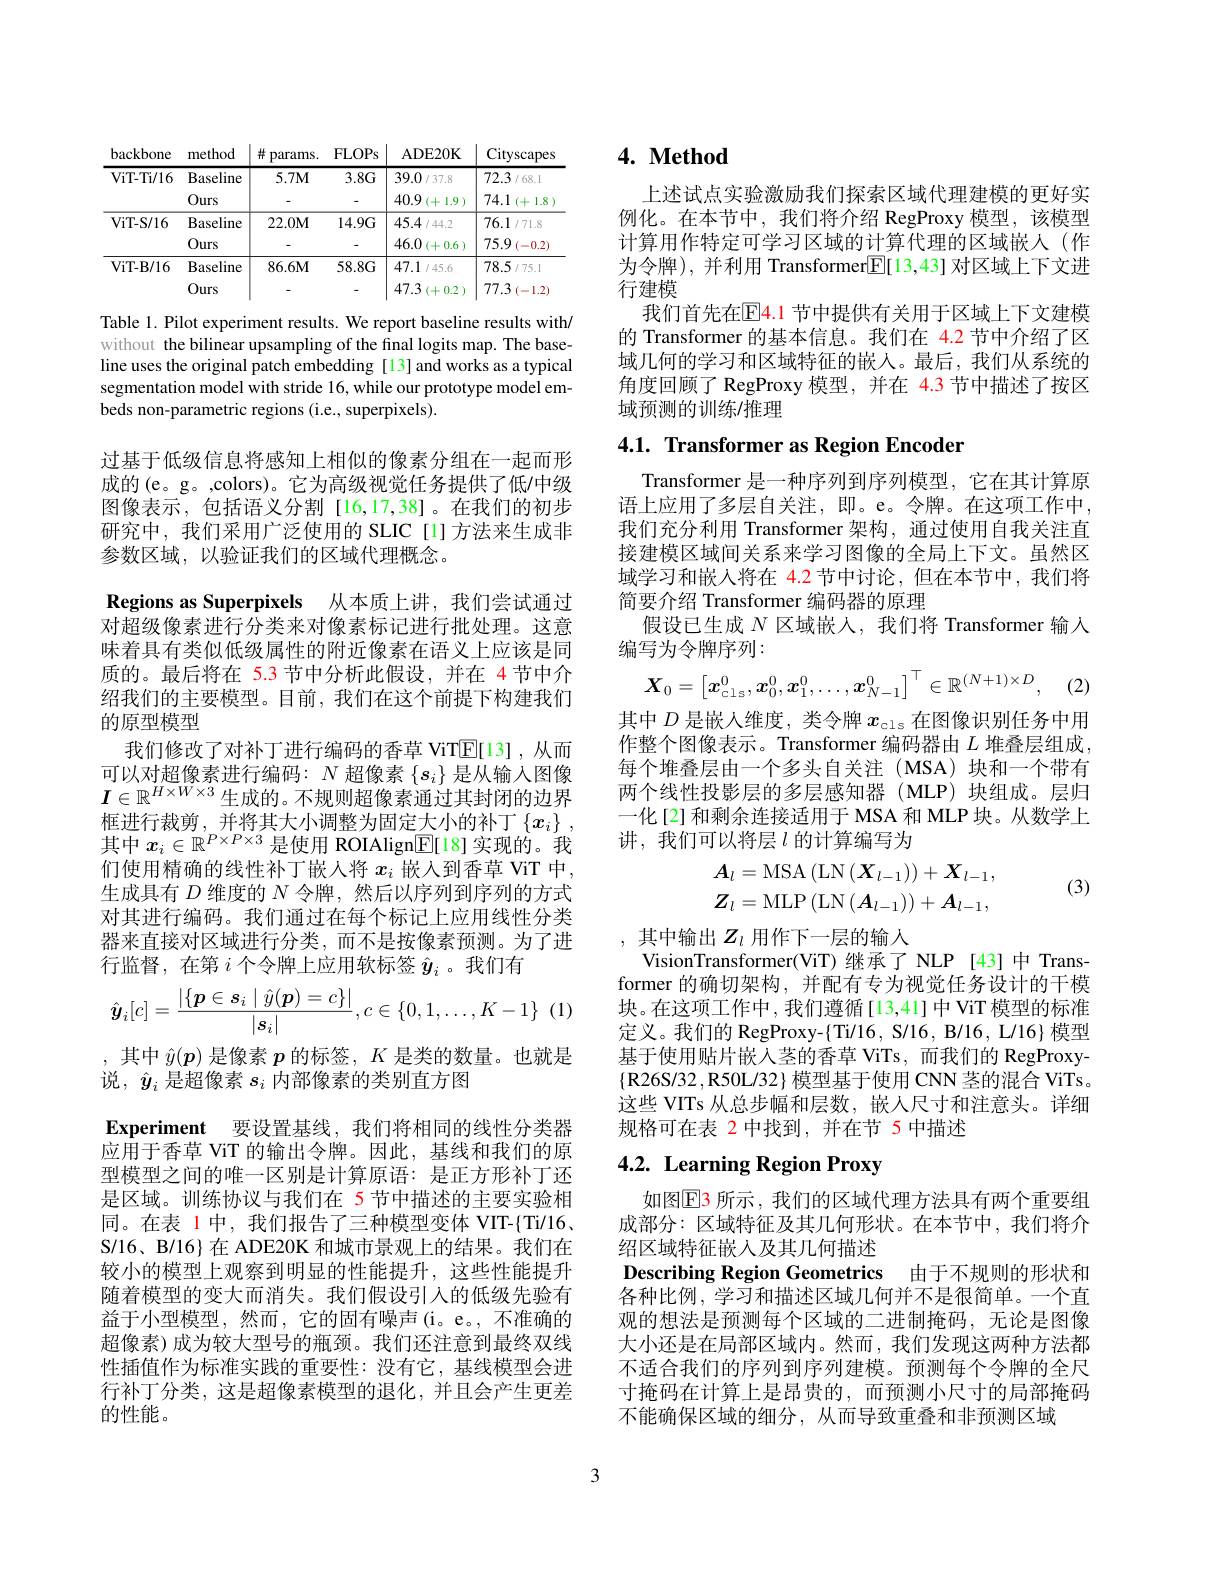
<table>
	<tbody>
		<tr>
			<th>backbone</th>
			<th>method</th>
			<th>井 params.</th>
			<th>FLOPs</th>
			<th>ADE20K</th>
			<th>Cityscapes</th>
		</tr>
		<tr>
			<td rowspan="2">ViT- Ti/ 16</td>
			<td>Baseline</td>
			<td>$5.7M$</td>
			<td>$3.8G$</td>
			<td>39.0/37.8</td>
			<td>72.3/68.1</td>
		</tr>
		<tr>
			<td>Ours</td>
			<td> </td>
			<td> </td>
			<td>40.9 (+1.9) </td>
			<td>74.1 1(+1) 1.8 , </td>
		</tr>
		<tr>
			<td rowspan="2">ViT- S/ 16</td>
			<td>Baseline</td>
			<td>22.0M</td>
			<td>$14.9G$</td>
			<td>45.4/44.2</td>
			<td>76.1/71.8</td>
		</tr>
		<tr>
			<td>Ours</td>
			<td> </td>
			<td> </td>
			<td>46.0 ${\mathbf{1}}(+0.6)$ 1</td>
			<td>75.9 (-0.2)</td>
		</tr>
		<tr>
			<td rowspan="2">ViT- B/ 16</td>
			<td>Baseline</td>
			<td>$86.6M$</td>
			<td>$58.8G$</td>
			<td>47.1/45.6</td>
			<td>78.5/75.1</td>
		</tr>
		<tr>
			<td>Ours</td>
			<td> </td>
			<td> </td>
			<td>47.3 (+0.2</td>
			<td>77.3 (-1.2)</td>
		</tr>
	</tbody>
</table>

Table 1. Pilot experiment results. We report baseline results with/ without the bilinear upsampling of the final logits map. The baseline uses the original patch embedding [13] and works as a typical segmentation model with stride 16, while our prototype model embeds non-parametric regions (i.e., superpixels).

过基于低级信息将感知上相似的像素分组在一起而形成的(e。g。,colors)。它为高级视觉任务提供了低/中级图像表示，包括语义分割[16,17,38]。在我们的初步研究中，我们采用广泛使用的 SLIC[1]方法来生成非参数区域，以验证我们的区域代理概念。
Regions as Superpixels 从本质上讲，我们尝试通过对超级像素进行分类来对像素标记进行批处理。这意味着具有类似低级属性的附近像素在语义上应该是同质的。最后将在 5.3 节中分析此假设，并在 4 节中介绍我们的主要模型。目前，我们在这个前提下构建我们的原型模型
我们修改了对补丁进行编码的香草 ViT$\mathbb{E}[13]$,从而可以对超像素进行编码：$N$超像素$\{s_i\}$是从输入图像$\boldsymbol{I}\in\mathbb{R}^{H\times W\times3}$生成的。不规则超像素通过其封闭的边界框进行裁剪，并将其大小调整为固定大小的补丁$\left\{x_i\right\}$, 其中$x_i\in\mathbb{R}^{P\times P\times3}$是使用 ROIAlign$\underline{\mathbb{E}}[$18] 实现的。我们使用精确的线性补丁嵌人将$x_i$嵌入到香草 ViT 中， 生成具有$D$维度的$N$令牌，然后以序列到序列的方式对其进行编码。我们通过在每个标记上应用线性分类器来直接对区域进行分类，而不是按像素预测。为了进行监督，在第$i$个令牌上应用软标签$\hat{y}_i$ 。我们有
$$\hat{\boldsymbol{y}}_i[c]=\frac{|\{\boldsymbol{p}\in\boldsymbol{s}_i\mid\hat{y}(\boldsymbol{p})=c\}|}{|\boldsymbol{s}_i|},c\in\{0,1,\dots,K-1\}$$
,其中$\hat{y}(\boldsymbol{p})$是像素$p$的标签$,K$是类的数量。也就是
说，$\hat{y}_i$是超像素$s_i$内部像素的类别直方图
$\mathbf{Experiment}$ 要设置基线，我们将相同的线性分类器应用于香草 ViT 的输出令牌。因此，基线和我们的原型模型之间的唯一区别是计算原语：是正方形补丁还是区域。训练协议与我们在 5 节中描述的主要实验相同。在表 1 中，我们报告了三种模型变体 VIT-{Ti/16、 S/16、B/16} 在 ADE20K 和城市景观上的结果。我们在较小的模型上观察到明显的性能提升，这些性能提升随着模型的变大而消失。我们假设引入的低级先验有益于小型模型，然而，它的固有噪声(i。e。,不准确的超像素)成为较大型号的瓶颈。我们还注意到最终双线性插值作为标准实践的重要性：没有它，基线模型会进行补丁分类，这是超像素模型的退化，并且会产生更差的性能。

# $4. \textbf{ Method}$

上述试点实验激励我们探索区域代理建模的更好实例化。在本节中，我们将介绍 RegProxy 模型，该模型计算用作特定可学习区域的计算代理的区域嵌人(作为令牌), 并利用 Transformer$\underline{\mathrm{E}}[13,43]$对区域上下文进行建模
我们首先在$\overline{\mathrm{E}}\color{red}{4.1}$ 节中提供有关用于区域上下文建模的 Transformer 的基本信息。我们在 4.2 节中介绍了区域几何的学习和区域特征的嵌人。最后，我们从系统的角度回顾了 RegProxy 模型，并在 4.3 节中描述了按区域预测的训练/推理

4.1. Transformer as Region Encoder

Transformer 是一种序列到序列模型，它在其计算原语上应用了多层自关注，即。e。令牌。在这项工作中， 我们充分利用 Transformer 架构，通过使用自我关注直接建模区域间关系来学习图像的全局上下文。虽然区域学习和嵌入将在 4.2 节中讨论，但在本节中，我们将简要介绍 Transformer 编码器的原理
假设已生成$N$区域嵌人，我们将 Transformer 输入
编写为令牌序列：
$$\boldsymbol{X}_0=\begin{bmatrix}\boldsymbol{x}_{\mathrm{cls}}^0,\boldsymbol{x}_0^0,\boldsymbol{x}_1^0,\ldots,\boldsymbol{x}_{N-1}^0\end{bmatrix}^\top\in\mathbb{R}^{(N+1)\times D},$$
其中$D$是嵌人维度，类令牌$x_\mathrm{cls}$在图像识别任务中用作整个图像表示。Transformer 编码器由$L$堆叠层组成， 每个堆叠层由一个多头自关注(MSA)块和一个带有两个线性投影层的多层感知器(MLP)块组成。层归一化[2]和剩余连接适用于 MSA 和 MLP 块。从数学上讲，我们可以将层$l$ 的计算编写为

(3)
$$A_{l}=\mathrm{MSA}\left(\mathrm{LN}\left(X_{l-1}\right)\right)+X_{l-1},\\Z_{l}=\mathrm{MLP}\left(\mathrm{LN}\left(A_{l-1}\right)\right)+A_{l-1},$$
,其中输出$Z_l$用作下一层的输入
VisionTransformer(ViT)继承了 NLP [43]中 Transformer 的确切架构，并配有专为视觉任务设计的干模块。在这项工作中，我们遵循[13,41]中 ViT 模型的标准定义。我们的 RegProxy-{Ti/16, S/16, B/16, L/16}模型基于使用贴片嵌入茎的香草 ViTs,而我们的 RegProxy- $\{\mathbf{R}26$S/32$,\mathbf{R}50$L/32$\}$模型基于使用 CNN 茎的混合 ViTs。这些 VITs 从总步幅和层数，嵌人尺寸和注意头。详细规格可在表 2 中找到，并在节 5 中描述

# 4.2. Learning Region Proxy

绍区域特征嵌入及其几何描述
Describing Region Geometrics 由于不规则的形状和各种比例，学习和描述区域几何并不是很简单。一个直

如图$\mathbb{E}$3 所示 , 我们的区域代理方法具有两个重要组成部分：区域特征及其几何形状。在本节中，我们将介观的想法是预测每个区域的二进制掩码，无论是图像大小还是在局部区域内。然而，我们发现这两种方法都不适合我们的序列到序列建模。预测每个令牌的全尺寸掩码在计算上是昂贵的，而预测小尺寸的局部掩码不能确保区域的细分，从而导致重叠和非预测区域

3